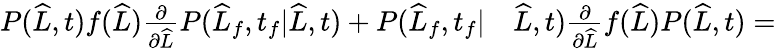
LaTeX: \begin{array}{rl}{P(\widehat{L},t)f(\widehat{L})\frac{\partial}{\partial\widehat{L}}P(\widehat{L}_{f},t_{f}|\widehat{L},t)+P(\widehat{L}_{f},t_{f}|}&{{}\widehat{L},t)\frac{\partial}{\partial\widehat{L}}f(\widehat{L})P(\widehat{L},t)=}\end{array}